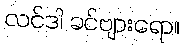
လင်ဒါ ခင်ဗျားရော။